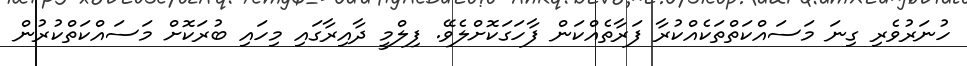
ހުނަރުވެރި ގިނަ މަސައްކަތްތަކެއްކުރާ ފަރާތެއްކަން ފާހަގަކޮށްލެވޭ. ފިލްމީ ދާއިރާގައި މިހައި ބުރަކޮށް މަސައްކަތްކުރުން